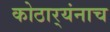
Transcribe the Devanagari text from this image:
कोठार्‍यंनाच